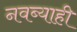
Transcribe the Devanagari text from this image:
नवब्याही